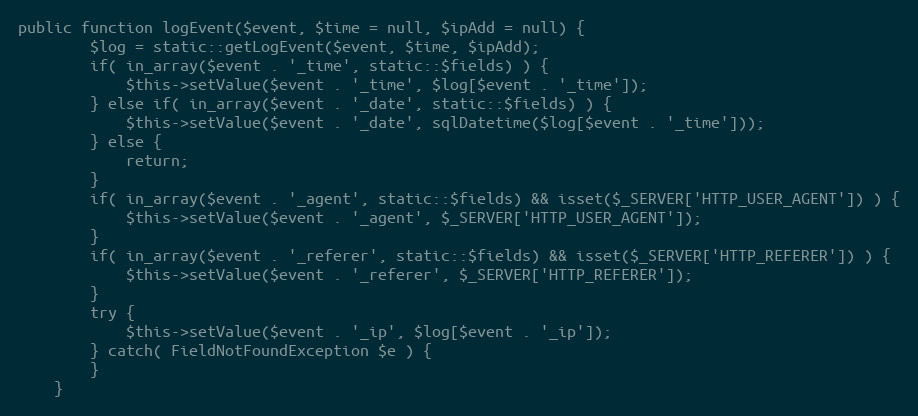
Language: PHP
public function logEvent($event, $time = null, $ipAdd = null) {
		$log = static::getLogEvent($event, $time, $ipAdd);
		if( in_array($event . '_time', static::$fields) ) {
			$this->setValue($event . '_time', $log[$event . '_time']);
		} else if( in_array($event . '_date', static::$fields) ) {
			$this->setValue($event . '_date', sqlDatetime($log[$event . '_time']));
		} else {
			return;
		}
		if( in_array($event . '_agent', static::$fields) && isset($_SERVER['HTTP_USER_AGENT']) ) {
			$this->setValue($event . '_agent', $_SERVER['HTTP_USER_AGENT']);
		}
		if( in_array($event . '_referer', static::$fields) && isset($_SERVER['HTTP_REFERER']) ) {
			$this->setValue($event . '_referer', $_SERVER['HTTP_REFERER']);
		}
		try {
			$this->setValue($event . '_ip', $log[$event . '_ip']);
		} catch( FieldNotFoundException $e ) {
		}
	}